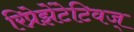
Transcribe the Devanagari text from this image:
रिप्रेझेंटेटिवज्